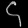
Digit: ၄